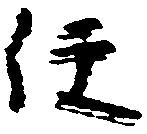
任